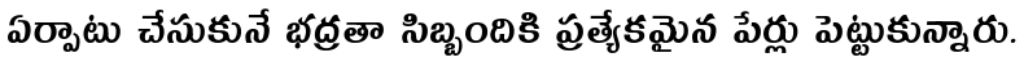
ఏర్పాటు చేసుకునే భద్రతా సిబ్బందికి ప్రత్యేకమైన పేర్లు పెట్టుకున్నారు.